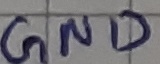
Text: GND